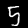
Digit: 5